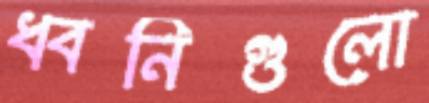
ধ্বনিগুলো